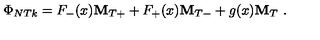
\Phi _ { N T k } = F _ { - } ( x ) { \bf M } _ { T + } + F _ { + } ( x ) { \bf M } _ { T - } + g ( x ) { \bf M } _ { T } \ .